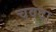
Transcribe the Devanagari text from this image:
चवदा